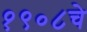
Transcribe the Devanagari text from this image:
१९०८चे